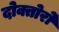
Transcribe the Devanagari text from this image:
दोक्तोरो